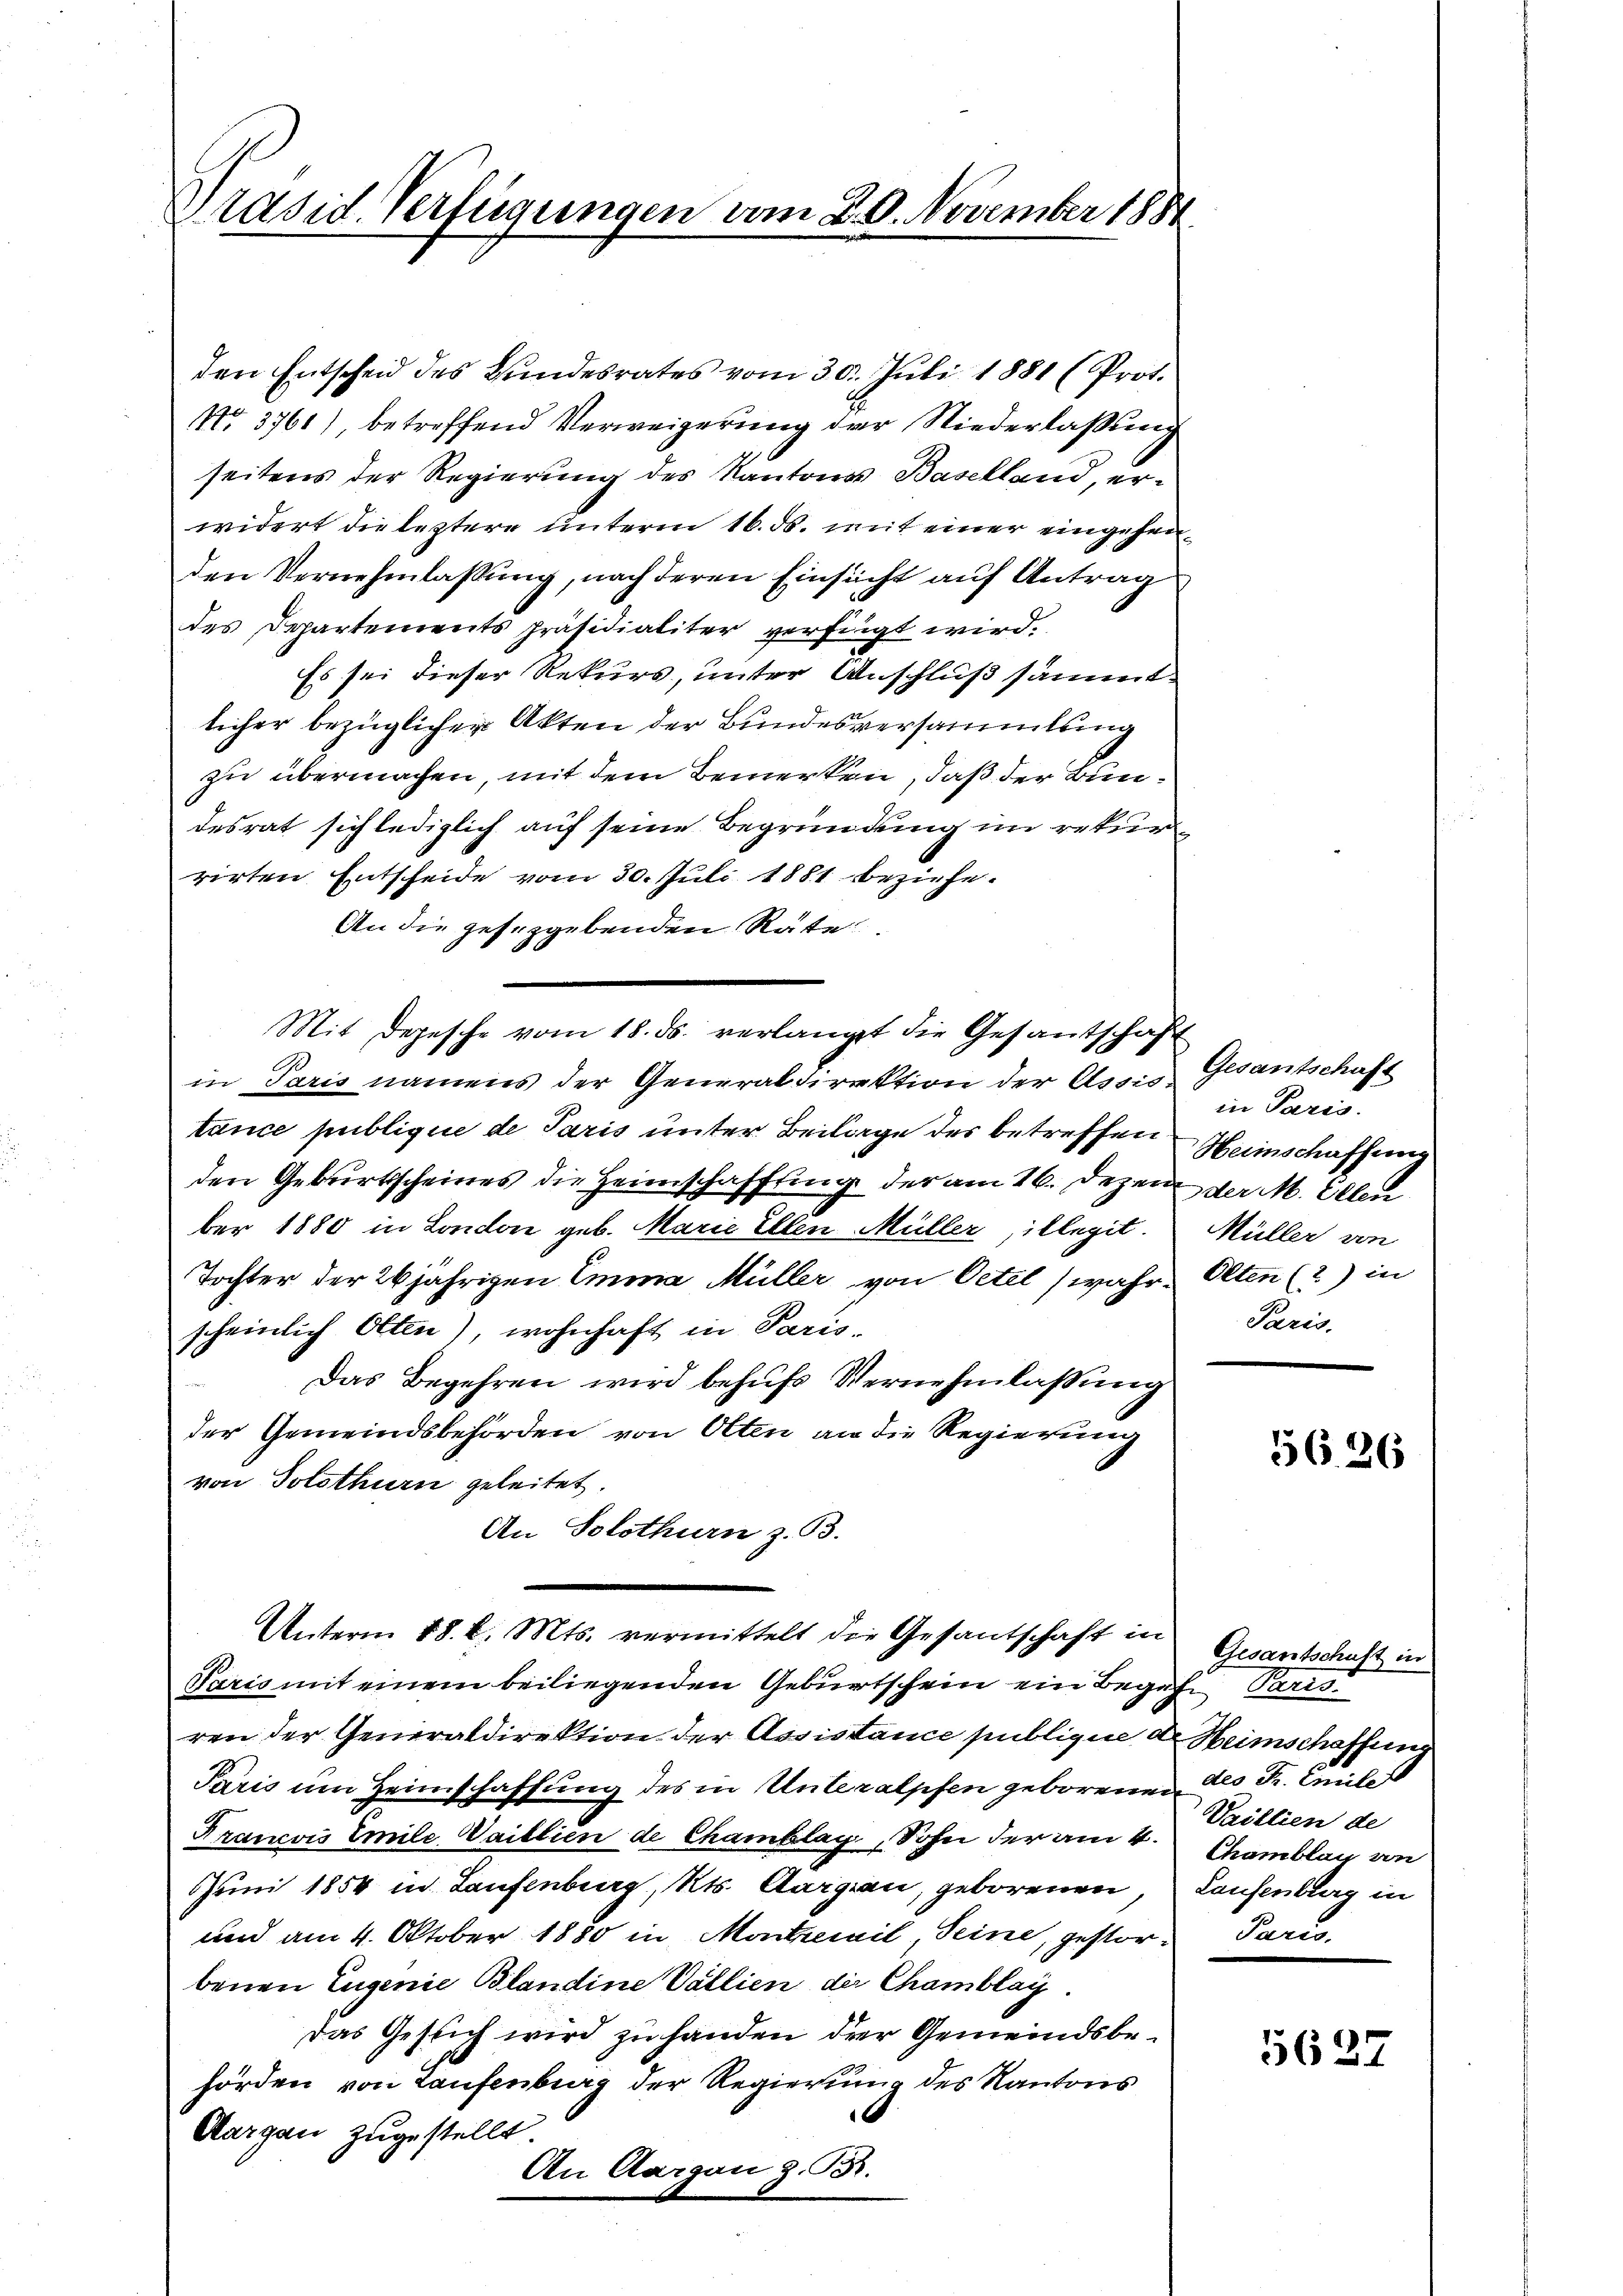
Präsid. Verfügungen vom 20. November 188

den Entscheid des Bundesrates vom 30. Juli 1881 (Prot.
No. 3761), betreffend Verweigerung der Niederlaßung
seitens der Regierung des Kantones Baselland, erwidert die leztere unterm 16. ds. mit einer eingehenden Vernehmlassung, nach deren Einsicht auf Antrag
des Departements präsidialiter verfügt wird.
Es sei dieser Rekurs, unter Anschluß sämmtlicher bezüglicher Akten der Bundesversammlung
zu übermachen, mit dem Bemerken, daß der Bundesrat sich lediglich auf seine Begründung im rekurrirten Entscheide vom 30. Juli 1881 beziehe.
An die gesezgebenden Räte
Mit Depesche vom 18. ds. verlangt die Gesantschaft
in Paris namens der Generaldirektion der Assis Gesantschaft
tance publique de Paris unter Beilage des betreffen Heinschaffung
den Geburtsscheines die Heimschaffung der am 16. Dezen der M. Aben
ber 1880 in London geb. Marie Ellen Müller, illegit.
Tochter der 20jährigen Emma Müller von Oetel (wahr, Olten (2) in
scheinlich Olten), wohnhaft in Paris¬
Das Begehren wird behufs Vernehmlassung
der Gemeindsbehörden von Olten an die Regierung
von Solothurn geleitet.
An Solothurn z. B.

in Paris.
Müller von
Paris.

Unterm 18. d. Mts. vermittelt die Gesantschaft in
Paris mit einem beiliegenden Geburtschein ein Begehn Paris.
ren der Generaldirektion der Assistance publique der Heimschaffung
Paris um Heimschaffung des in Unteralpfen geborenen 2 Fr. Emili
Francois Emile Waiblien de Chamblag, Sohn der am 4.
Juni 1854 in Laufenburg, Kts. Aargau, geborenen,
und am 4. Oktober 1880 in Montreuil, Seine, gestorbenen Eugenie Blandine Vallien die Chamblay.
das Gesuch wird zu handen der Gemeindsbehörden von Laufenburg der Regierung des Kantons
Aargau zugestellt.
An Aargau z. B.

5626

Gesantschaft in
Vaillien de
Chamblag an
Laufenburg in
Paris.

5627